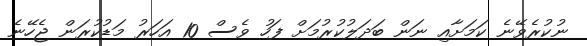
ނުކުރެވޭނެ ކަމަށާއި ނަން ބަދަލުކުރުމަށް ފަހު ވެސް 10 އަހަރު މަޑުކުރަން ޖެހޭނެ